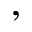
,